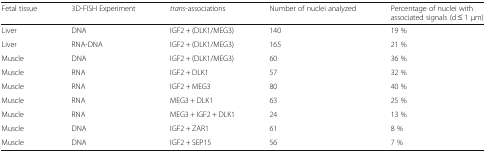
| Fetal tissue | 3D-FISH Experiment | trans-associations | Number of nuclei analyzed | Percentage of nuclei with associated signals (d ≤ 1 μm) |
 | --- | --- | --- | --- | --- |
 | Liver | DNA | IGF2 + (DLK1/MEG3) | 140 | 19 % |
 | Liver | RNA-DNA | IGF2 + (DLK1/MEG3) | 165 | 21 % |
 | Muscle | DNA | IGF2 + (DLK1/MEG3) | 60 | 36 % |
 | Muscle | RNA | IGF2 + DLK1 | 57 | 32 % |
 | Muscle | RNA | IGF2 + MEG3 | 80 | 40 % |
 | Muscle | RNA | MEG3 + DLK1 | 63 | 25 % |
 | Muscle | RNA | MEG3 + IGF2 + DLK1 | 24 | 13 % |
 | Muscle | DNA | IGF2 + ZAR1 | 61 | 8 % |
 | Muscle | DNA | IGF2 + SEP15 | 56 | 7 % |